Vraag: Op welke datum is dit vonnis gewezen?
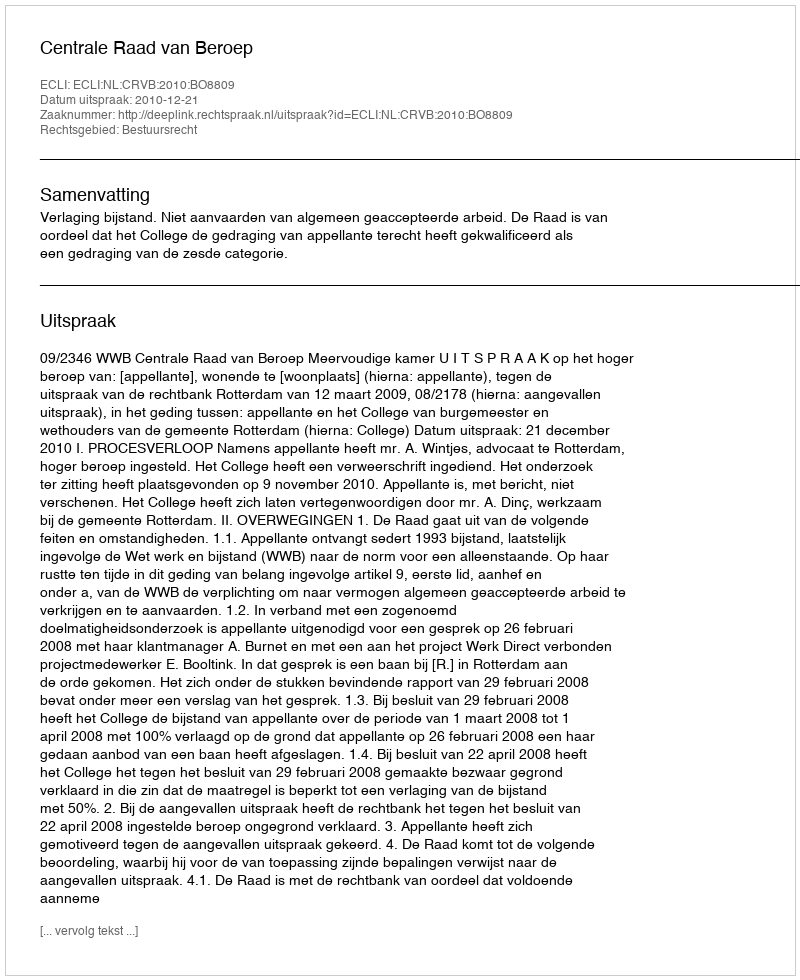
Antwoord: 2010-12-21